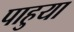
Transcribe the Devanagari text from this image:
पाहुया